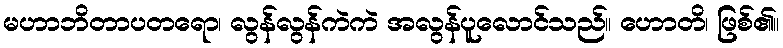
မဟာဘိတာပတရော၊ လွန်လွန်ကဲကဲ အလွန်ပူလောင်သည်။ ဟောတိ၊ ဖြစ်၏။